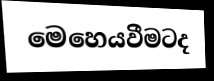
මෙහෙයවීමටද